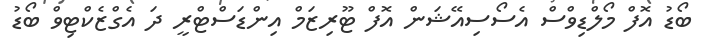
ބޯޑު އޮފް މޯލްޑިވްސް އެސޯސިއޭޝަން އޮފް ޓޫރިޒަމް އިންޑަސްޓްރީ ދަ އެގްޒެކްޓިވް ބޯޑު